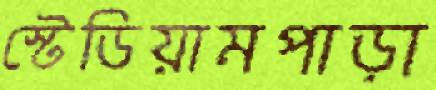
স্টেডিয়ামপাড়া